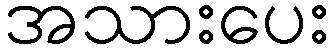
အသားပေး